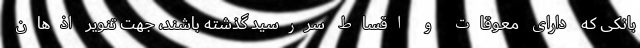
بانکی که دارای معوقات و اقساط سررسید گذشته باشند، جهت تنویر اذهان